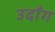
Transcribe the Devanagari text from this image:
उदाँग